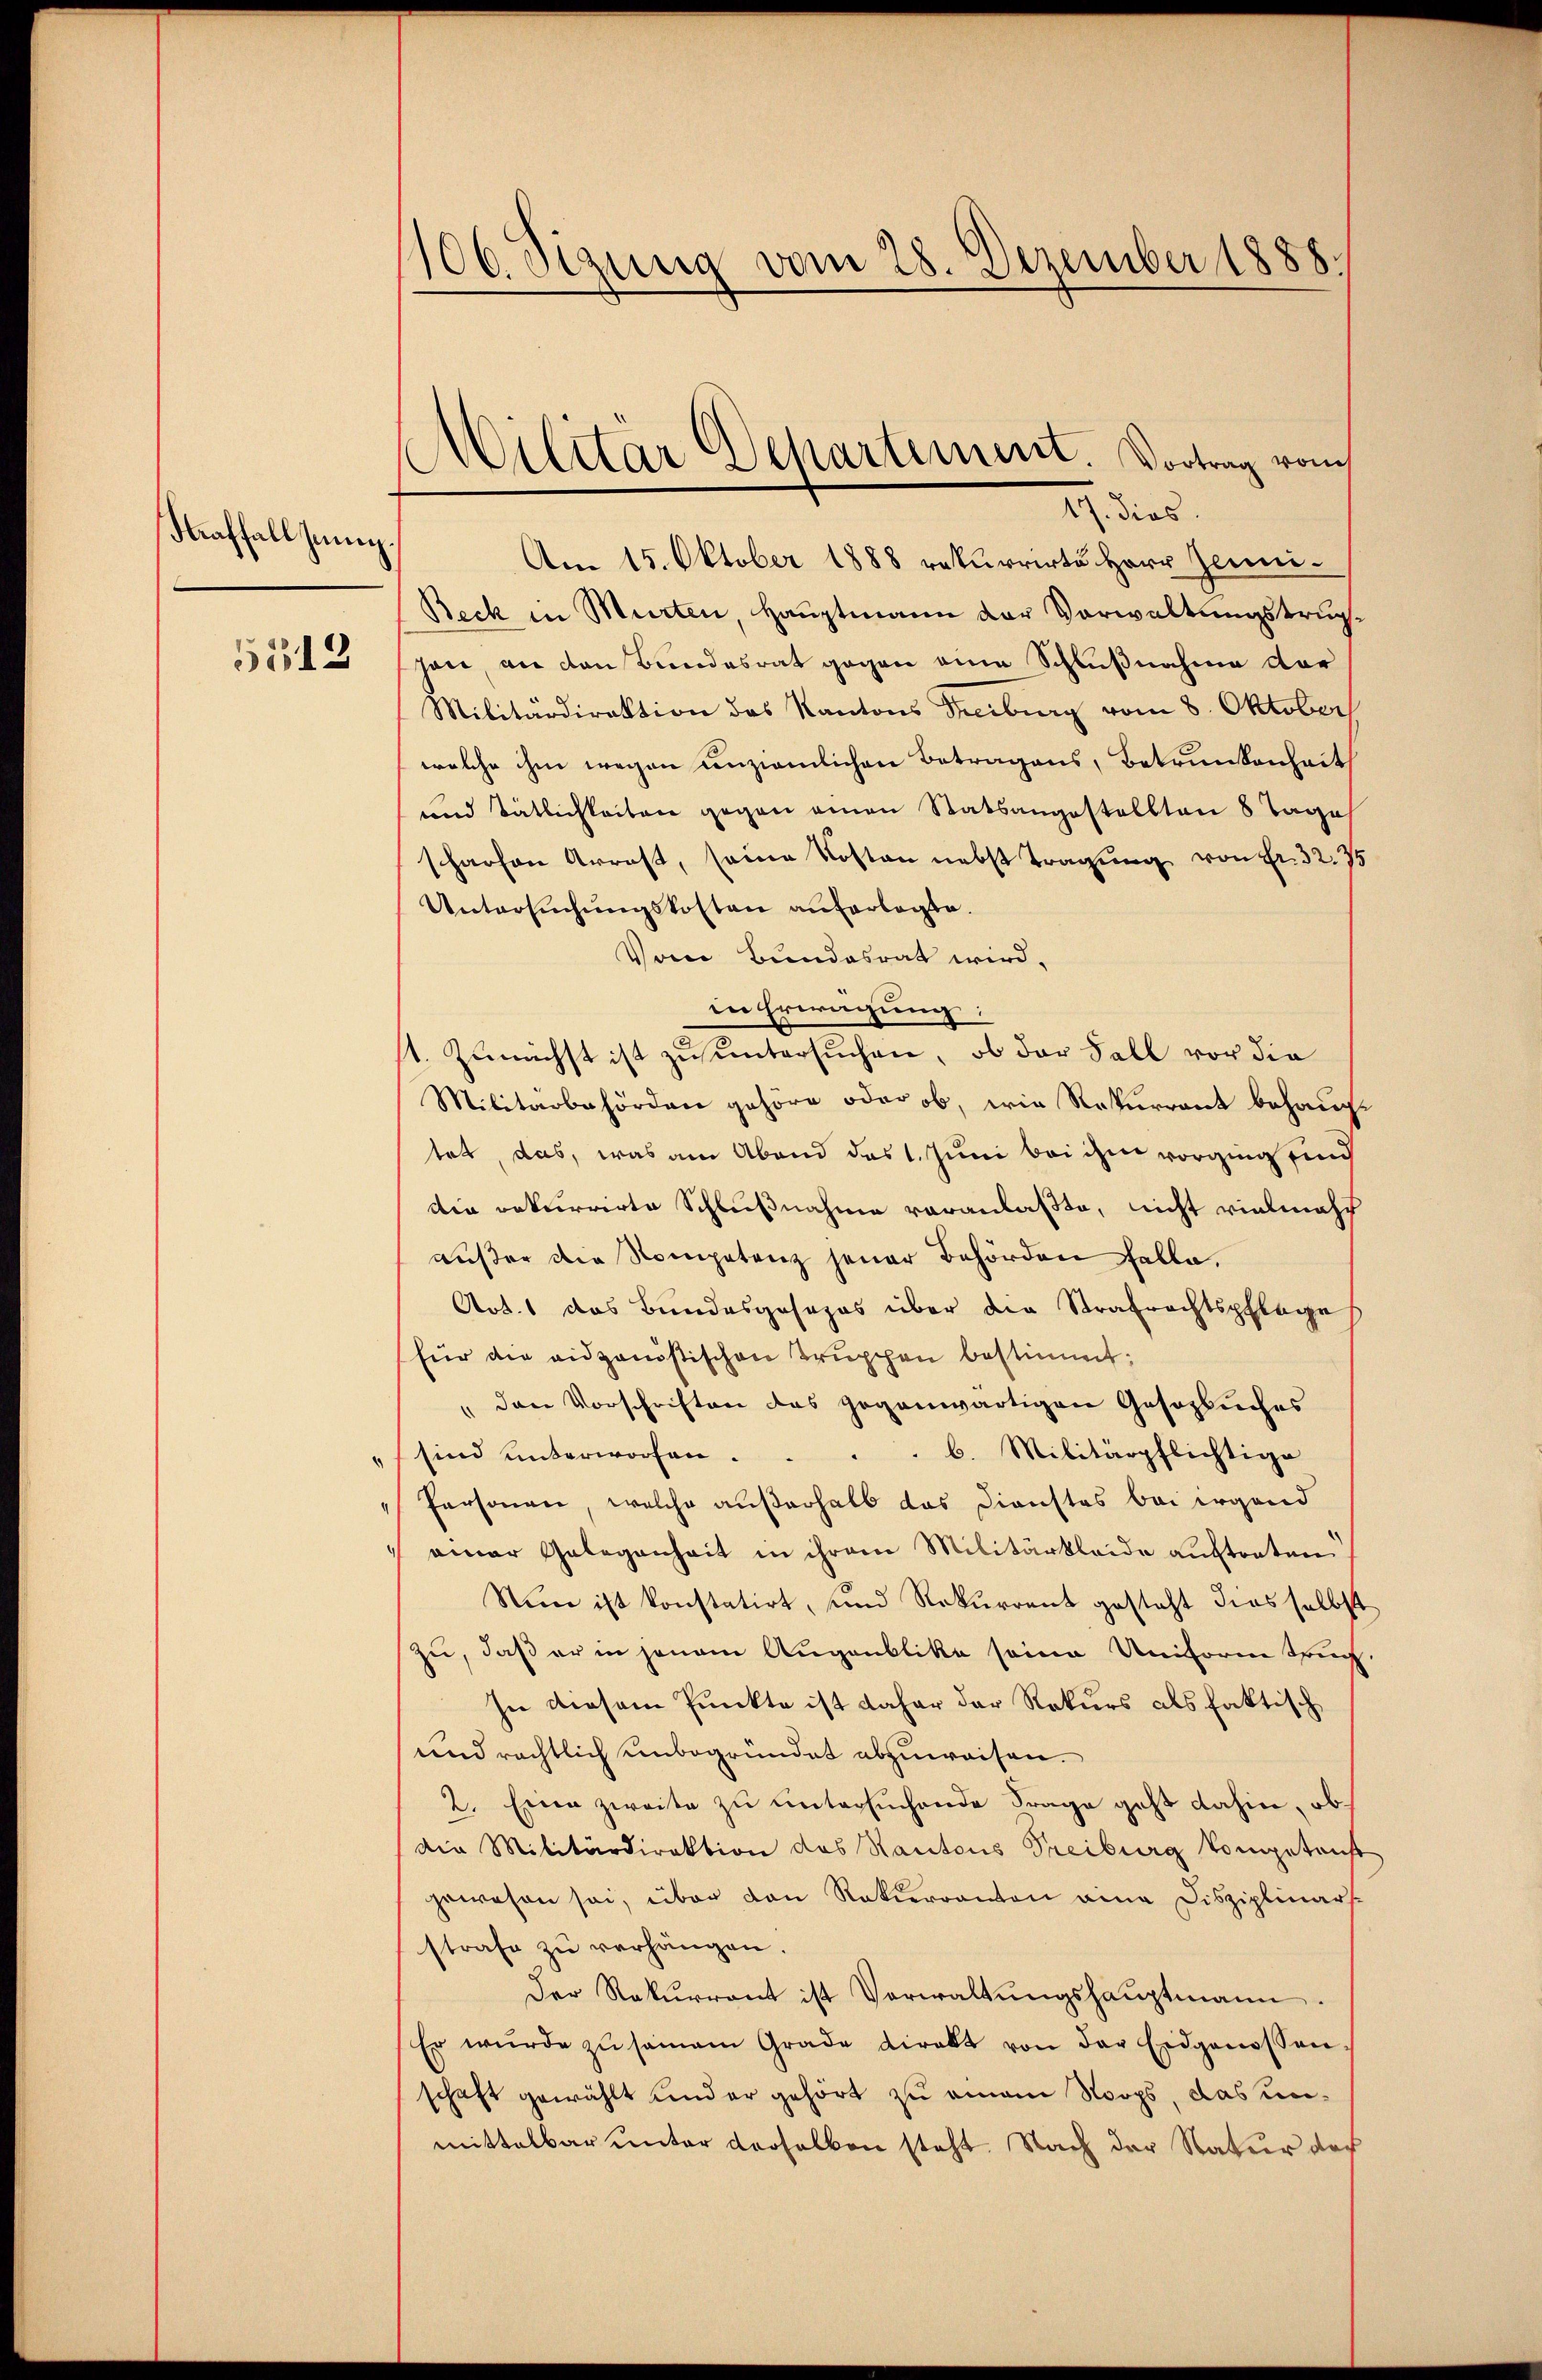
Straffall jung.
5512

106. Sizung vom 28. Dezember 1888./

Am 15. Oktober 1888 rekurrirte Herr Zeuni¬
Beck in Murten, Hauptmann der Vorwaltungstruphan, an den Bundesrat gegen eine Schlußnahme dar
Militärdirektion des Kantons Treiburg vom 8. Oktober
welche ihm wegen unziemlichen Betragens, Betrunkenheit
und Tätlichkeiten gegen einen Statsangestellten 8 Tage
scharfen Arrest, seine Kosten nebst Tragung von Fr. 32. 7
Untersŭchŭngskosten auferlegte.
Vom Bundesrat wird,
in Erwägung:
1. Zunächst ist zu untersuchen, ob der Fall vor die
Militärbehörden gehöre oder ob, wie Rekurrent behauptet, das, was am Abend des 1. Juni bei ihm vorging sind
dia rekurrirte Schlußnahme voranlaßte, nicht vielmehr
außer die Kompetenz jener Behörden Falle,
Art. 1 das Bundesgesezes über die Strafrechtspflege
für die eidganistischen Truppen bestimmt:
" den Vorschriften das gegenwärtigen Gesozbuches
b. Militärpflichtige
" sind unterworfen.
Personen, welche außerhalb das Dienstes bei irgend
einer Gelegenheit in ihrem Militärkleide auftreten.
Nun ist konstatirt, und Rekurrent gesteht dies selbst
zu, daß er in jenem Augenblicke seine Uniform truch
In diesem Punkte ist daher der Rekurs als faktisch
und rächtlich unbegründet abzuweisen.
2. Eine zweite zu untersuchende Frage geht dahin, ob
Die Militärdirektion des Kantons Treiburg Vompetenst
gewesen sei, über den Rekurranton am Disziplinars
strafe zŭ verhängen.
Der Rekurrent ist Verwaltŭngshauptmann.
Er würde zu sammen Grade direkt von der Eidgenossen
schaft gewählt und er gehört zu einem Noops, das unmittelbar unter verselben steht. Nach der Natur das

)
Scilitar Departement. Vortrag von
17. dies